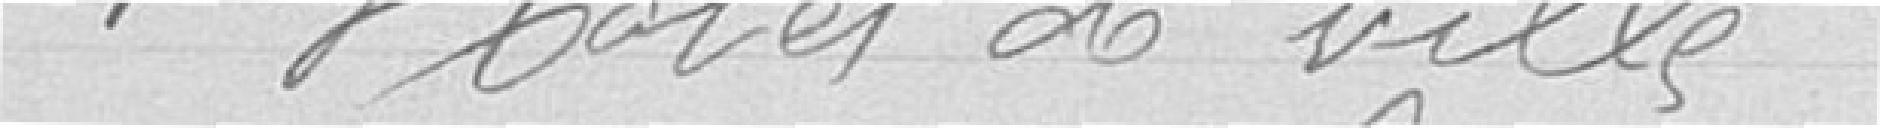
1 Hôtel de ville